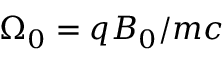
\Omega _ { 0 } = q B _ { 0 } / m c